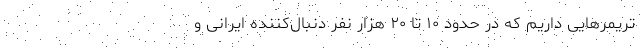
تریمرهایی داریم که در حدود ۱۰ تا ۲۰ هزار نفر دنبال‌کننده ایرانی و